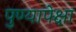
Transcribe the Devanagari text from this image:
पुण्यापेक्षा